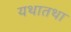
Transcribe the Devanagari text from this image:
यथातथा